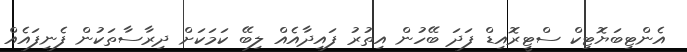
އެންޓިބަޔޮޓިކް ސްޓީރޮއިޑް ފަދަ ބޭހުން އިތުރު ފައިދާއެއް ލިބޭ ކަމަކަށް ދިރާސާތަކުން ފެނިފައެއް